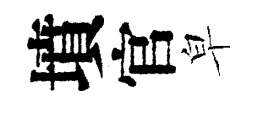
墳官皁